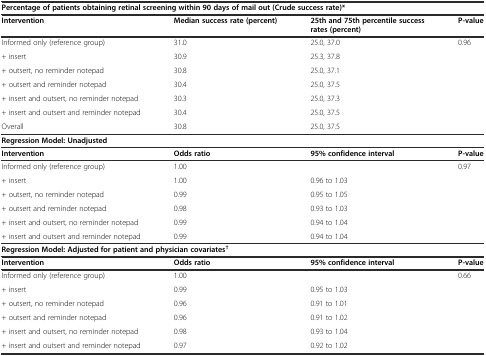
<table><thead><tr><td colspan="4"><b>Percentage of patients obtaining retinal screening within 90 days of mail out (Crude success rate)*</b></td></tr><tr><td><b>Intervention</b></td><td><b>Median success rate (percent)</b></td><td><b>25th and 75th percentile success rates (percent)</b></td><td><b>P-value</b></td></tr></thead><tbody><tr><td>Informed only (reference group)</td><td>31.0</td><td>25.0, 37.0</td><td>0.96</td></tr><tr><td>+ insert</td><td>30.9</td><td>25.3, 37.8</td><td></td></tr><tr><td>+ outsert, no reminder notepad</td><td>30.8</td><td>25.0, 37.1</td><td></td></tr><tr><td>+ outsert and reminder notepad</td><td>30.4</td><td>25.0, 37.5</td><td></td></tr><tr><td>+ insert and outsert, no reminder notepad</td><td>30.3</td><td>25.0, 37.3</td><td></td></tr><tr><td>+ insert and outsert and reminder notepad</td><td>30.4</td><td>25.0, 37.5</td><td></td></tr><tr><td>Overall</td><td>30.8</td><td>25.0, 37.5</td><td></td></tr><tr><td colspan="4"><b>Regression Model: Unadjusted</b></td></tr><tr><td><b>Intervention</b></td><td><b>Odds ratio</b></td><td><b>95% confidence interval</b></td><td><b>P-value</b></td></tr><tr><td>Informed only (reference group)</td><td>1.00</td><td></td><td>0.97</td></tr><tr><td>+ insert</td><td>1.00</td><td>0.96 to 1.03</td><td></td></tr><tr><td>+ outsert, no reminder notepad</td><td>0.99</td><td>0.95 to 1.05</td><td></td></tr><tr><td>+ outsert and reminder notepad</td><td>0.98</td><td>0.93 to 1.03</td><td></td></tr><tr><td>+ insert and outsert, no reminder notepad</td><td>0.99</td><td>0.94 to 1.04</td><td></td></tr><tr><td>+ insert and outsert and reminder notepad</td><td>0.99</td><td>0.94 to 1.04</td><td></td></tr><tr><td colspan="4"><b>Regression Model: Adjusted for patient and physician covariates</b><sup><b>†</b></sup></td></tr><tr><td><b>Intervention</b></td><td><b>Odds ratio</b></td><td><b>95% confidence interval</b></td><td><b>P-value</b></td></tr><tr><td>Informed only (reference group)</td><td>1.00</td><td></td><td>0.66</td></tr><tr><td>+ insert</td><td>0.99</td><td>0.95 to 1.03</td><td></td></tr><tr><td>+ outsert, no reminder notepad</td><td>0.96</td><td>0.91 to 1.01</td><td></td></tr><tr><td>+ outsert and reminder notepad</td><td>0.96</td><td>0.91 to 1.02</td><td></td></tr><tr><td>+ insert and outsert, no reminder notepad</td><td>0.98</td><td>0.93 to 1.04</td><td></td></tr><tr><td>+ insert and outsert and reminder notepad</td><td>0.97</td><td>0.92 to 1.02</td><td></td></tr></tbody></table>